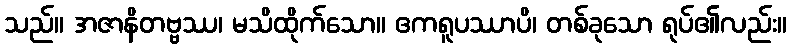
သည်။ အဇာနိတဗ္ဗဿ၊ မသိထိုက်သော။ ဧကရူပဿာပိ၊ တစ်ခုသော ရုပ်၏လည်း။